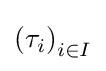
\left(\tau _{i}\right)_{i\in I}